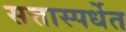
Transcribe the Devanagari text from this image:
सत्तास्पर्धेत